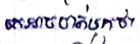
គេអាចចាត់ទុកថា